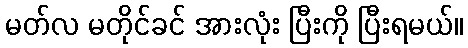
မတ်လ မတိုင်ခင် အားလုံး ပြီးကို ပြီးရမယ်။